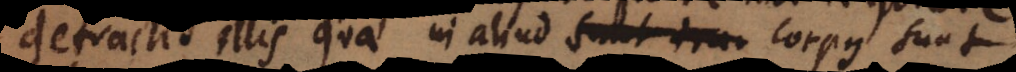
detractis illis quae in aliud corpus sunt